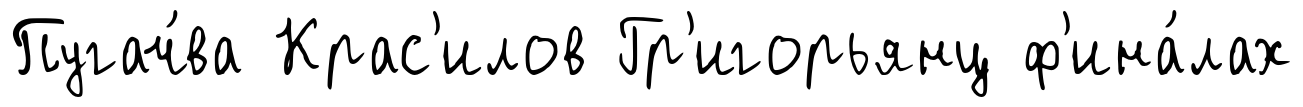
Пугач́ва Крас'илов Гр'игорьянц ф'ина́лах